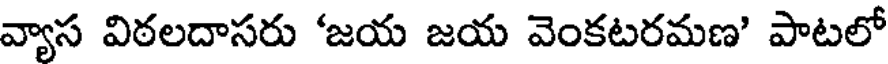
వ్యాస విఠలదాసరు 'జయ జయ వెంకటరమణ' పాటలో